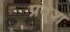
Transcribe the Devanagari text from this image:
प्रदे्श